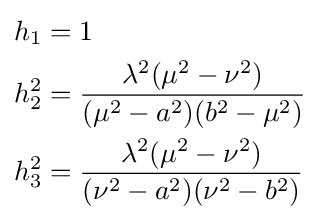
{\begin{aligned}h_{1}&=1\\h_{2}^{2}&={\frac {\lambda ^{2}(\mu ^{2}-\nu ^{2})}{(\mu ^{2}-a^{2})(b^{2}-\mu ^{2})}}\\h_{3}^{2}&={\frac {\lambda ^{2}(\mu ^{2}-\nu ^{2})}{(\nu ^{2}-a^{2})(\nu ^{2}-b^{2})}}\end{aligned}}